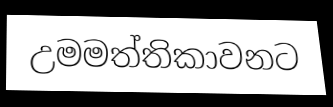
උමමත්තිකාවනට